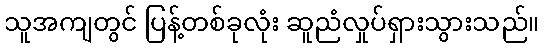
သူအကျတွင် ပြန့်တစ်ခုလုံး ဆူညံလှုပ်ရှားသွားသည်။